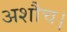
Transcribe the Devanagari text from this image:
अशौच।